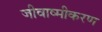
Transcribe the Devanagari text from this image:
जीवाष्मीकरण